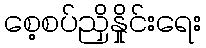
စေ့စပ်ညှိနှိုင်းရေး